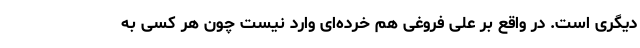
دیگری است. در واقع بر علی فروغی هم خُرده‌ای وارد نیست چون هر کسی به